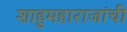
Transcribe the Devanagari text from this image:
शाहुमहाराजांची